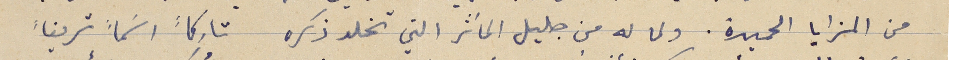
من المزايا الحميدة. ولما له من جليل المآثر التي تخلد ذكره تاركاً اسَماً شريفاً